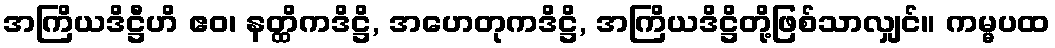
အကြိယဒိဋ္ဌီဟိ ဧဝ၊ နတ္ထိကဒိဋ္ဌိ, အဟေတုကဒိဋ္ဌိ, အကြိယဒိဋ္ဌိတို့ဖြစ်သာလျှင်။ ကမ္မပထ